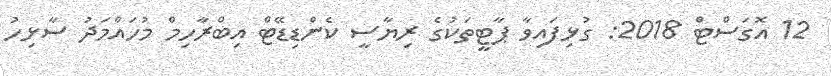
12 އޮގަސްޓް 2018: ގުޅިފައިވާ ޕާޓީތަކުގެ ރިޔާސީ ކެންޑިޑޭޓް އިބްރާހިމް މުހައްމަދު ސާޅިހު